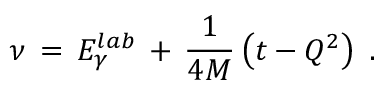
\nu \, = \, E _ { \gamma } ^ { l a b } \, + \, { \frac { 1 } { 4 M } } \left( t - Q ^ { 2 } \right) \; .